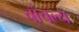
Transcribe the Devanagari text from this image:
चांचल्य